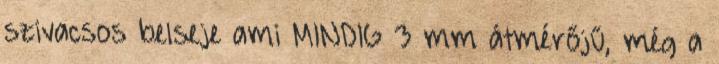
szivacsos belseje ami MINDIG 3 mm átmérőjű, még a